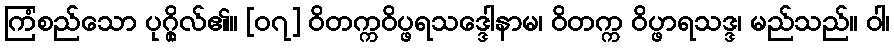
ကြံစည်သော ပုဂ္ဂိုလ်၏။ [၀၇] ဝိတက္ကဝိပ္ဖရသဒ္ဒေါနာမ၊ ဝိတက္က ဝိပ္ဖာရသဒ္ဒ၊ မည်သည်။ ဝါ၊